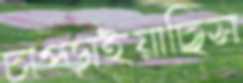
চাপ্‌ড়াইয়াছিস